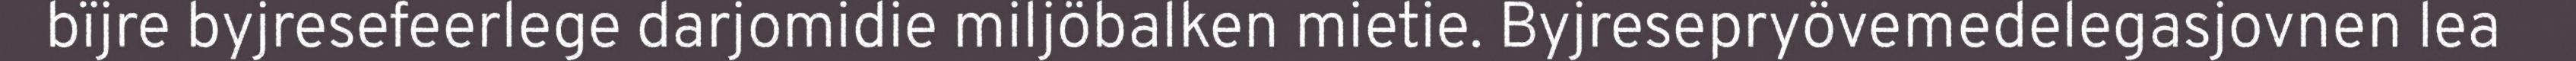
bïjre byjresefeerlege darjomidie miljöbalken mietie. Byjresepryövemedelegasjovnen lea